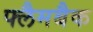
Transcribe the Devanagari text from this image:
फ्लैमबैक